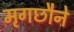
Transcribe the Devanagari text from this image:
मृगछौने